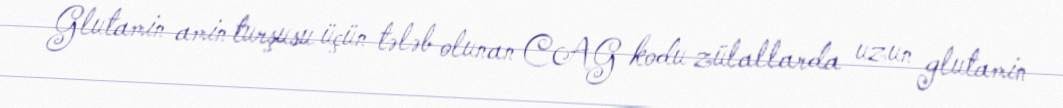
Glutamin amin turşusu üçün tələb olunan CAG kodu zülallarda uzun glutamin